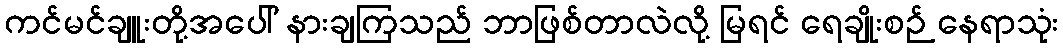
ကင်မင်ချူးတို့အပေါ် နားချကြသည် ဘာဖြစ်တာလဲလို့ မြရင် ရေချိုးစဉ် နေရာသုံး